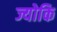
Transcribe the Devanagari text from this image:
ज्योकि